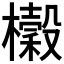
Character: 𭬨